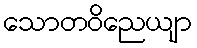
သောတဝိညေယျာ